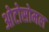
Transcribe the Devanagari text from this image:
ओटोसोमल